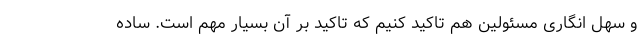
و سهل انگاری مسئولین هم تاکید کنیم که تاکید بر آن بسیار مهم است. ساده